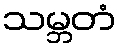
သမ္ဘတံ